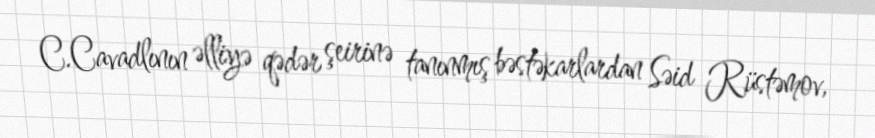
C.Cavadlının əlliyə qədər şeirinə tanınmış bəstəkarlardan Səid Rüstəmov,